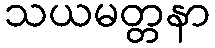
သယမတ္တနာ